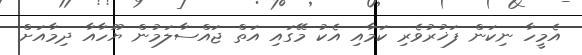
އެމީހާ ނިކަން ފަޚުރުވެރި ކަމާއި އެކު މޭގައި އަތް ޖައްސާލަމުން ޔޫހާއާ ދިމާއަށް